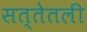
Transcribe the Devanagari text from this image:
सत्तेतली